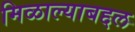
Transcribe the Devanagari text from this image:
मिळाल्याबद्दल